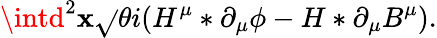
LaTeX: \intd^{2}\mathbf{x}\sqrt{}{{\theta}}i(H^{\mu}\ast\partial_{\mu}\phi-H\ast\partial_{\mu}B^{\mu}).